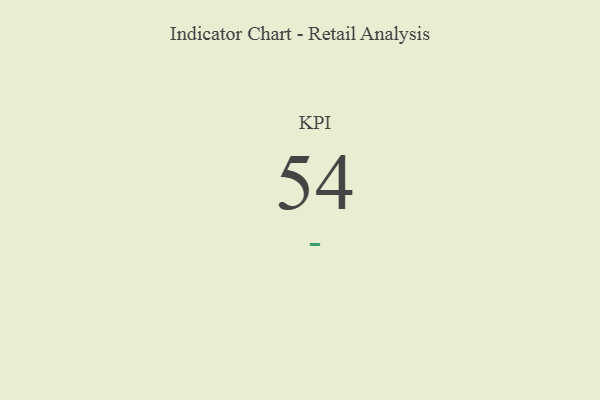
{"axis": {"x": "KPI", "y": "Value"}, "legend": [""], "data": [{"x": "KPI", "y": 54, "type": ""}]}